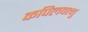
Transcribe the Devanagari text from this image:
कपिलवत्थु